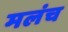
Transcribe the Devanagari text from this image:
मलंच